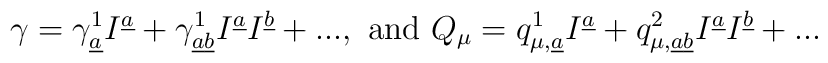
\gamma = \gamma _{\underline{a}}^1I^{\underline{a}}+\gamma _{\underline{a} \underline{b}}^1I^{\underline{a}}I^{\underline{b}}+...,  \mbox{ and } Q_\mu = q_{\mu ,\underline{a}}^1I^{\underline{a}}+q_{\mu ,\underline{a} \underline{b}}^2I^{\underline{a}}I^{\underline{b}}+...